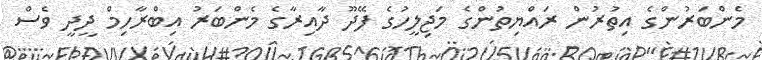
މެންބަރުންގެ އިތުރުން ރައްޔިތުންގެ މަޖިލީހުގެ ފޭދޫ ދާއިރާގެ މެންބަރު އިބްރާހިމް ދީދީ ވެސް